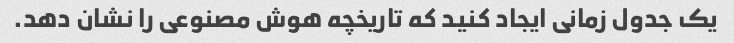
یک جدول زمانی ایجاد کنید که تاریخچه هوش مصنوعی را نشان دهد.